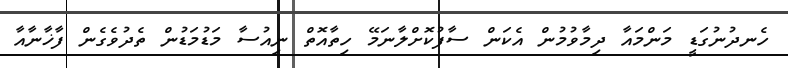
ހެނދުނުގަޑީ މަންމައާ ދިމާވުމުން އެކަން ސާފުކޮށްލާނަމޭ ހިތާއޮތް ނިއުސާ މަޑުމަޑުން ތެދުވެގެން ފާޚާނާއާ